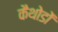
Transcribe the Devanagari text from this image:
कैथोडों